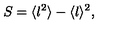
S = \langle l ^ { 2 } \rangle - \langle l \rangle ^ { 2 } , \,